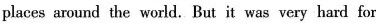
places around the world. But it was very hard for